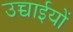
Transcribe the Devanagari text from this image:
उच्चाईयों